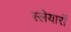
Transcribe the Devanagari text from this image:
स्लेयारों